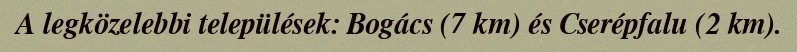
A legközelebbi települések: Bogács (7 km) és Cserépfalu (2 km).